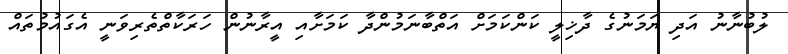
ލުބުނާނު އަދި ޔަމަނުގެ ދާޚިލީ ކަންކަމަށް އަތްބާނަމުންދާ ކަމަށާއި އީރާނުން ހަރަކާތްތެރިވަނީ އެގައުމުތައް